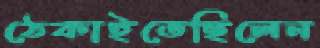
ঠেকাইতেছিলেন